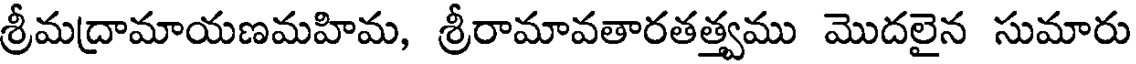
శ్రీమద్రామాయణమహిమ, శ్రీరామావతారతత్త్వము మొదలైన సుమారు